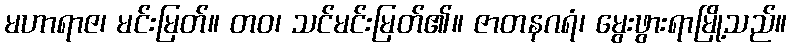
မဟာရာဇ၊ မင်းမြတ်။ တဝ၊ သင်မင်းမြတ်၏။ ဇာတနဂရံ၊ မွေးဖွားရာမြို့သည်။